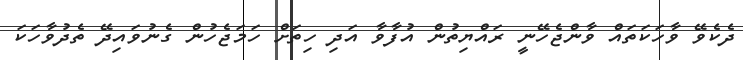
ދެކެވޭ ވާހަކަތައް ވާންޖެހޭނީ ރައްޔިތުން އުފާވާ އަދި ހިތަށް ހަމަޖެހުން ގެނުވައިދޭ ތެދުވާހަކަ